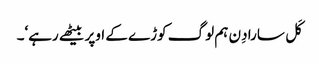
کَل سارا دِن ہم لوگ کوڑے کے اوپر بیٹھے رہے‘۔